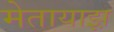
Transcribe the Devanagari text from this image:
मेतायाझ़